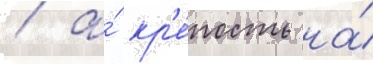
/ а́ кр'е́пость на́